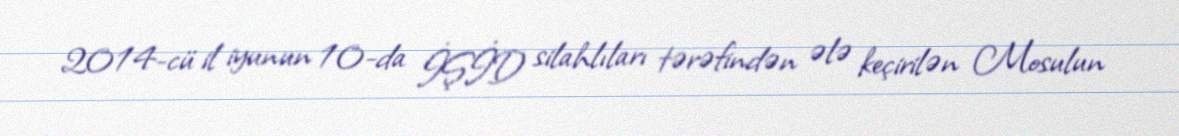
2014-cü il iyunun 10-da İŞİD silahlıları tərəfindən ələ keçirilən Mosulun